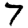
Digit: 7